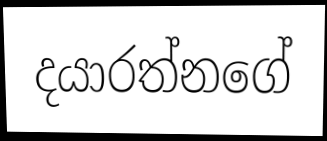
දයාරත්නගේ